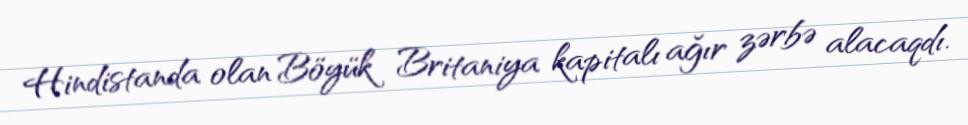
Hindistanda olan Böyük Britaniya kapitalı ağır zərbə alacaqdı.